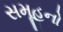
સમૂહનો